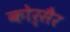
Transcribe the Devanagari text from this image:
कोर्सैर